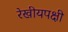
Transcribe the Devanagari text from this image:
रेखीयपक्षी